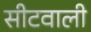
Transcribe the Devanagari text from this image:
सीटवाली